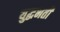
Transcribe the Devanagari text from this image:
युद्धभर्ती